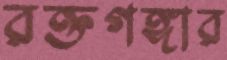
রক্তগঙ্গার